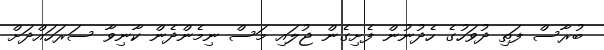
ބުރާސް ފަތި ދުވަހުގެ ހެދުނުން ފެށިގެން ޖުލައި މަސް ނިމެންދެން ކާނިވާ ސަރަހައްދަށް